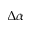
\Delta \alpha